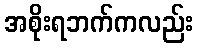
အစိုးရဘက်ကလည်း